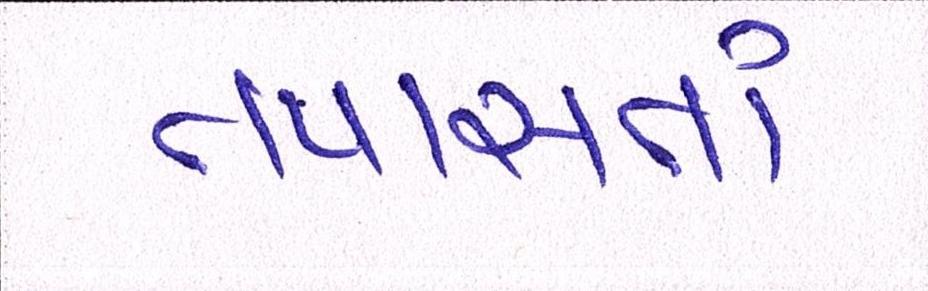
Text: તપાસતાં